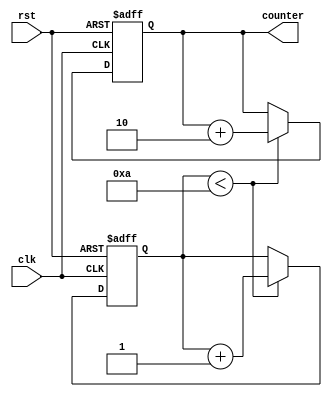
module IncrementalForLoop (
    input wire clk,
    input wire rst,
    output reg [7:0] counter
);

reg [2:0] iterations;
parameter STEP = 2;
parameter NUM_ITERATIONS = 10;

always @(posedge clk or posedge rst) begin
    if (rst) begin
        counter <= 8'b00000000;
        iterations <= 3'b000;
    end else begin
        if (iterations < NUM_ITERATIONS) begin
            counter <= counter + STEP;
            iterations <= iterations + 1;
        end
    end
end

endmodule